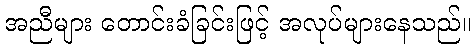
အညီများ တောင်းခံခြင်းဖြင့် အလုပ်များနေသည်။